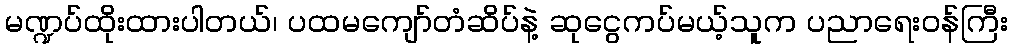
မဏ္ဍပ်ထိုးထားပါတယ်၊ ပထမကျော်တံဆိပ်နဲ့ ဆုငွေကပ်မယ့်သူက ပညာရေးဝန်ကြီး